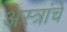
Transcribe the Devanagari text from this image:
अस्त्रांचे